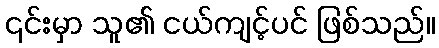
၎င်းမှာ သူ၏ ငယ်ကျင့်ပင် ဖြစ်သည်။